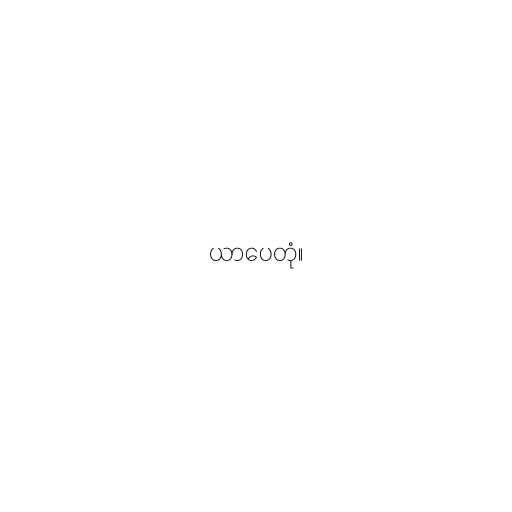
ယာပေတုံ။